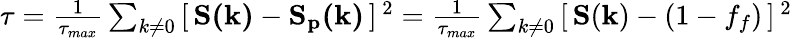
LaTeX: \begin{array}{r}{\tau=\frac{1}{\tau_{max}}\sum_{k\neq 0}\, [\, \mathbf{S(k)}-\mathbf{S_{p}(k)}\, ]\, ^{2}=\frac{1}{\tau_{max}}\sum_{k\neq 0}\, [\, \mathbf{S}(\mathbf{k})-(1-f_{f})\, ]\, ^{2}}\end{array}